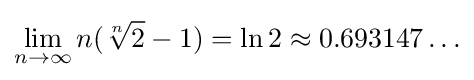
\lim _{n\rightarrow \infty }n({\sqrt[{n}]{2}}-1)=\ln 2\approx 0.693147\ldots